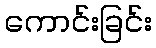
ကောင်းခြင်း